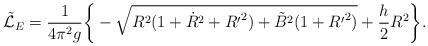
LaTeX: \begin{align*}{\tilde {\cal L}_E} = \frac{1}{4\pi^2g}\bigg\{-\sqrt{R^2(1+{\dot R}^2+{R^{\prime}}^2)+{\tilde B}^2(1+{R^{\prime}}^2)}+\frac{h}{2}R^2\bigg\}.\end{align*}